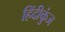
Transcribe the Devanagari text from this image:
हिंदीकुंज